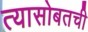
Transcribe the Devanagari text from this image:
त्यासोबतची